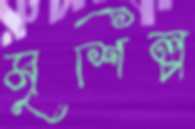
মৃশিল্প